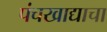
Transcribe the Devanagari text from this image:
पंचखाद्याचा